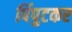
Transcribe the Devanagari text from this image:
पिंपुटकर